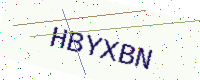
Text: HBYXBN